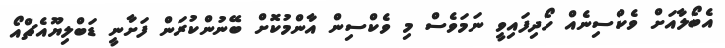
އެބޯލާއަށް ވެކްސިނެއް ހޯދިފައިވީ ނަމަވެސް މި ވެކްސިން އާންމުކޮށް ބޭނުންކުރަން ފަށާނީ ޑަބްލިޔޫއެޗްއޯ